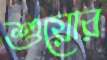
শুয়োর